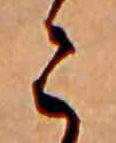
こ